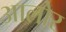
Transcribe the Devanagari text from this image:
आलोर